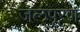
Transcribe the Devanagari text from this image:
जलपूरण